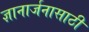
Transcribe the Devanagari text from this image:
ज्ञानार्जनासाठी